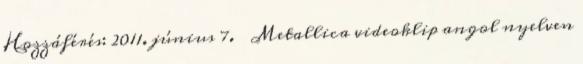
Hozzáférés: 2011. június 7. ↑ Metallica videoklip angol nyelven